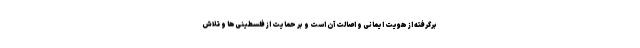
برگرفته از هویت ایمانی و اصالت آن است و بر حمایت از فلسطینی‌ها و تلاش